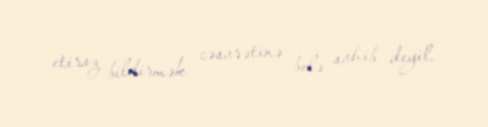
etiraz bildirmək cəsarətinə belə sahib deyil.